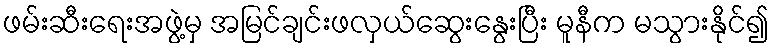
ဖမ်းဆီးရေးအဖွဲ့မှ အမြင်ချင်းဖလှယ်ဆွေးနွေးပြီး မူနီက မသွားနိုင်၍